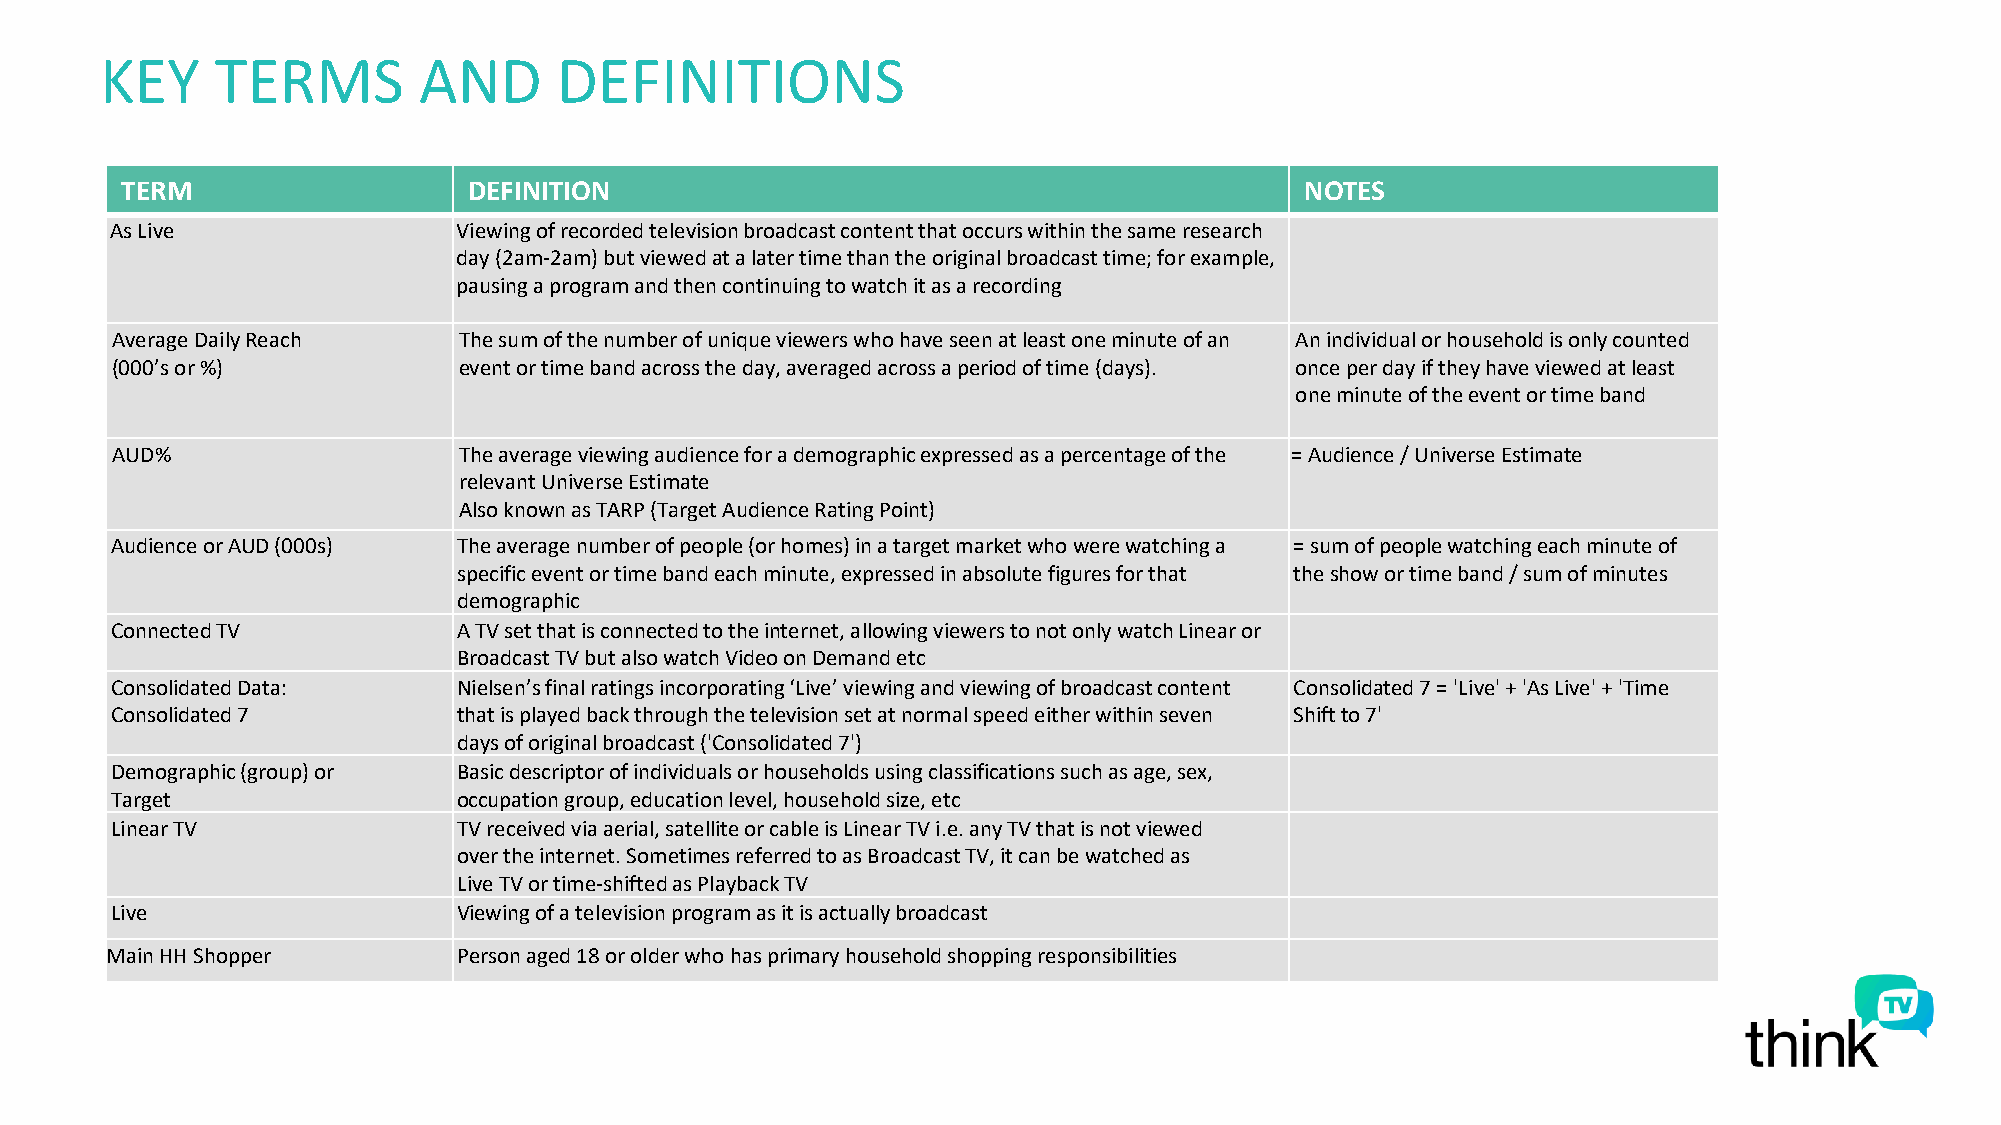
KEY    TERMS         AND      DEFINITIONS
 TERM                   DEFINITION                                             NOTES
 As Live                Viewing of recorded television broadcast content that occurs within the same research
 day (2am-2am) but viewedat a later time than the original broadcast time; for example,
 pausing a program and then continuing to watch it as arecording
 Average Daily Reach    The sum of the number of unique viewers who have seen at least one minute of an An individual or household is only counted
 (000’s or %)           event or time band across the day,averaged across a period of time (days). once per day if they have viewed at least
 one minute of the event or time band
 AUD%                   The average viewing audience for a demographic expressed as a percentage of the = Audience / Universe Estimate
 relevant Universe Estimate
 Also known asTARP (Target Audience Rating Point)
 Audience or AUD (000s) The average number of people (or homes) in a target market who were watching a = sum of people watching each minute of
 specific event or time band eachminute, expressed in absolute figures for that theshow or time band / sum of minutes
 demographic
 Connected TV           A TV set that is connected to the internet, allowing viewers to not only watch Linear or
 Broadcast TV but also watch Video on Demand etc
 Consolidated Data:     Nielsen’sfinal ratings incorporating ‘Live’ viewing and viewing of broadcast content Consolidated 7 = 'Live' + 'As Live' + 'Time
 Consolidated 7         that is played back through thetelevision set at normal speed either within seven Shiftto 7'
 days of original broadcast ('Consolidated 7')
 Demographic (group) or Basic descriptor of individuals or households using classifications such as age, sex,
 Target                 occupation group, educationlevel, household size, etc
 Linear TV              TV received via aerial, satellite or cable is Linear TV i.e. any TV that is not viewed
 over the internet. Sometimes referred to as Broadcast TV, it can be watched as
 Live TV or time-shifted as Playback TV
 Live                   Viewing of a television program as it is actually broadcast
 Main HH Shopper        Person aged 18 or older who has primary household shopping responsibilities